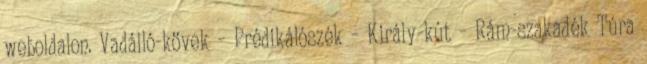
weboldalon. Vadálló-kövek – Prédikálószék – Király-kút – Rám-szakadék Túra